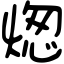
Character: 㷓